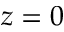
z = 0